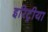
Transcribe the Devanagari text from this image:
इरिट्रीया